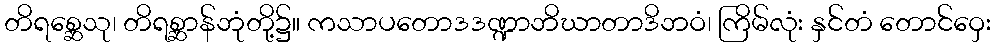
တိရစ္ဆေသု၊ တိရစ္ဆာန်ဘုံတို့၌။ ကသာပတောဒဒဏ္ဍာဘိဃာတာဒိဘဝံ၊ ကြိမ်လုံး နှင်တံ တောင်ဝှေး